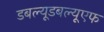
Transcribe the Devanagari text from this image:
डबल्यूडबल्यूएफ